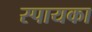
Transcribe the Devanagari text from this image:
स्पायका